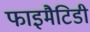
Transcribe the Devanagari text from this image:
फाइमैटिडी